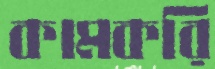
কামকরি